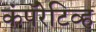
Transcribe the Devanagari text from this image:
कंपॅरेटिव्ह